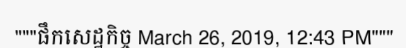
"""ផឹកសេដ្ឋកិច្ច March 26, 2019, 12:43 PM"""